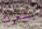
بشعرك